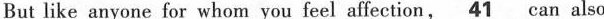
But like anyone for whom you feel affection,\underline41_can also